Indian journal of veterinary science and animal husbandry - Volume 2,
Year: 1932
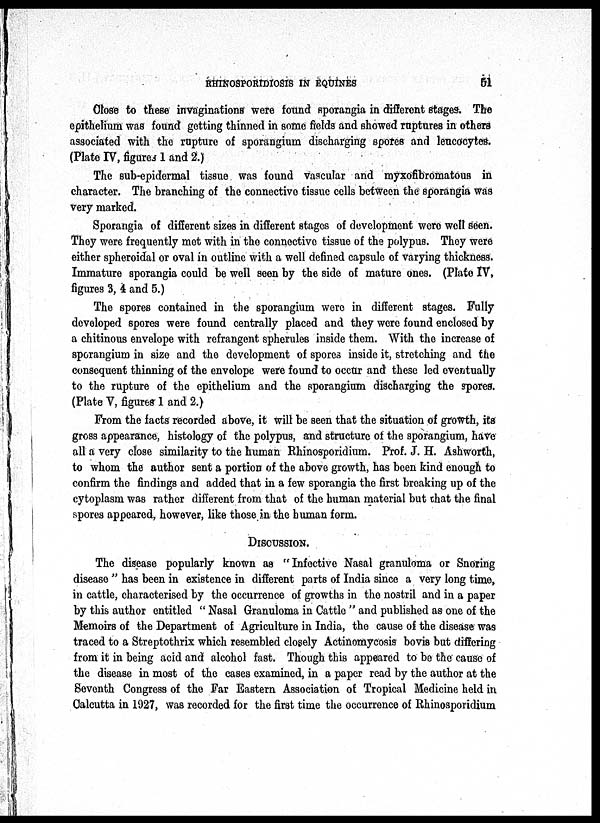
RHINOSPORIDIOSIS IN EQUINES
51
Close to these invaginations were found sporangia in different stages. The
epithelium was found getting thinned in some fields and showed ruptures in others
associated with the rupture of sporangium discharging spores and leucocytes.
(Plate IV, figures 1 and 2.)
The sub-epidermal tissue was found vascular and myxofibromatous in
character. The branching of the connective tissue cells between the sporangia was
very marked.
Sporangia of different sizes in different stages of development were well seen.
They were frequently met with in the connective tissue of the polypus. They were
either spheroidal or oval in outline with a well defined capsule of varying thickness.
Immature sporangia could be well seen by the side of mature ones. (Plate IV,
figures 3, 4 and 5.)
The spores contained in the sporangium were in different stages. Fully
developed spores were found centrally placed and they were found enclosed by
a chitinous envelope with refrangent spherules inside them. With the increase of
sporangium in size and the development of spores inside it, stretching and the
consequent thinning of the envelope were found to occur and these led eventually
to the rupture of the epithelium and the sporangium discharging the spores.
(Plate V, figures 1 and 2.)
From the facts recorded above, it will be seen that the situation of growth, its
gross appearance, histology of the polypus, and structure of the sporangium, have
all a very close similarity to the human Rhinosporidium. Prof. J. H. Ashworth,
to whom the author sent a portion of the above growth, has been kind enough to
confirm the findings and added that in a few sporangia the first breaking up of the
cytoplasm was rather different from that of the human material but that the final
spores appeared, however, like those in the human form.
DISCUSSION.
The disease popularly known as "Infective Nasal granuloma or Snoring
disease " has been in existence in different parts of India since a very long time,
in cattle, characterised by the occurrence of growths in the nostril and in a paper
by this author entitled " Nasal Granuloma in Cattle " and published as one of the
Memoirs of the Department of Agriculture in India, the cause of the disease was
traced to a Streptothrix which resembled closely Actinomycosis bovis but differing
from it in being acid and alcohol fast. Though this appeared to be the cause of
the disease in most of the cases examined, in a paper read by the author at the
Seventh Congress of the Far Eastern Association of Tropical Medicine held in
Calcutta in 1927, was recorded for the first time the occurrence of Rhinosporidium